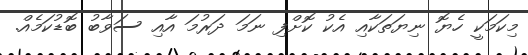
މިކަމަކީ ހެޔޮ ނިޔަތަކާއި އެކު ކޮށްފި ނަމަ ދަރުމަ އާއި ސަވާބު ބޮޑުކަމެއް.